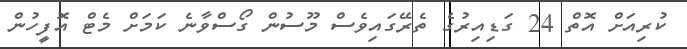
ކުރިއަށް އޮތް 24 ގަޑިއިރުގެ ތެރޭގައިވެސް މޫސުން ގޯސްވާނެ ކަމަށް މެޓް އޮފީހުން